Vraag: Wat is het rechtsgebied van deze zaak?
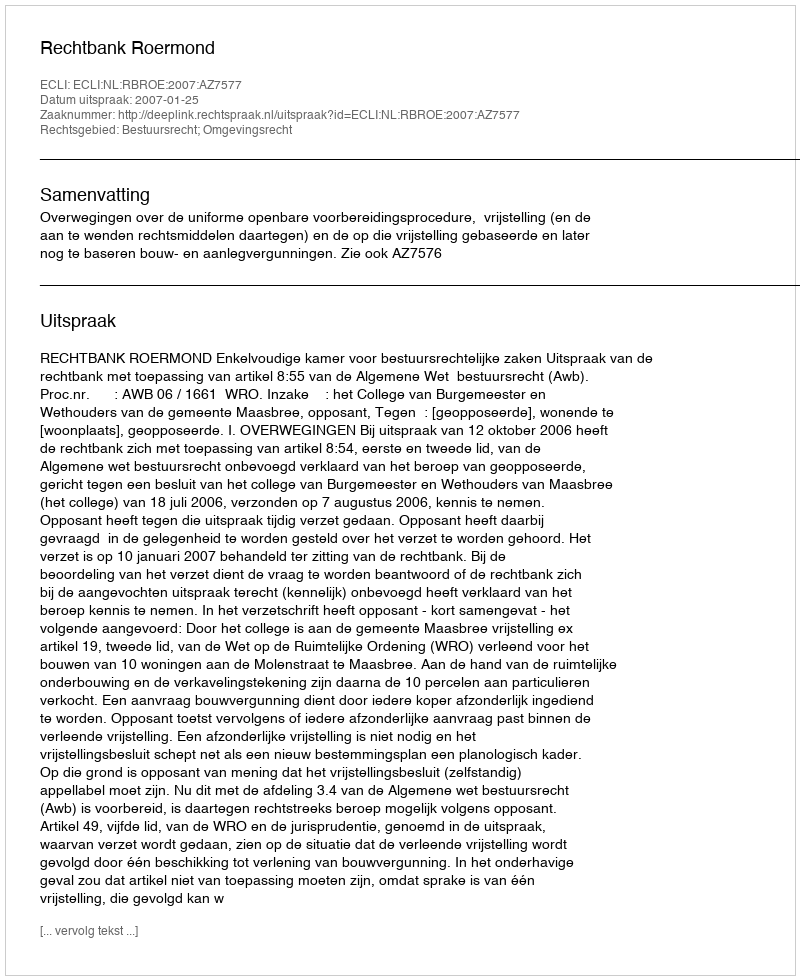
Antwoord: Bestuursrecht; Omgevingsrecht